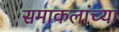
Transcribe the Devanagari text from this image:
समाकलांच्या